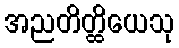
အညတိတ္ထိယေသု